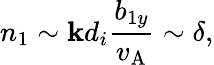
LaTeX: n_{1}\sim\mathbf{k}d_{i}\frac{{b_{1y}}}{{v_{\mathrm{{A}}}}}\sim\delta,